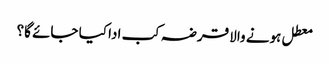
معطل ہونے والا قرضہ کب ادا کیا جائے گا؟